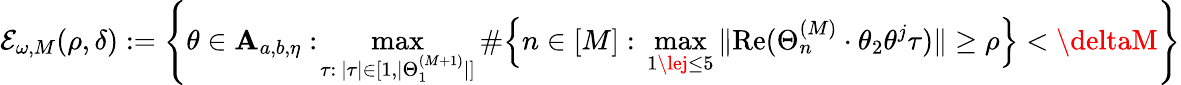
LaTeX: \mathcal{E}_{\omega,M}(\rho,\delta):=\left\{ \theta\in\mathbf{A}_{a,b,\eta}:\! \operatorname*{max}_{\tau:\ |\tau|\in[1,|\Theta_{1}^{(M+1)}|]}\# \Bigl\{ n\in[M]:\, \operatorname*{max}_{1\lej\le5}\| \textup{{Re}}(\Theta_{n}^{(M)}\cdot\theta_{2}\theta^{j}\tau)\| \ge\rho\Bigr\} <\deltaM\right\}